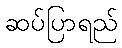
ဆပ်ပြာရည်